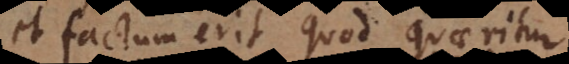
et factum erit quod quaeritur.